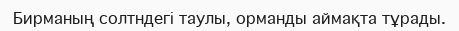
Бирманың солтндегі таулы, орманды аймақта тұрады.